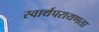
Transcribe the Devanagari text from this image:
स्वार्थपरायणता